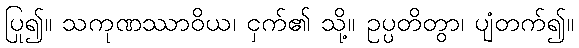
ပြု၍။ သကုဏဿာဝိယ၊ ငှက်၏ သို့။ ဥပ္ပတိတွာ၊ ပျံတက်၍။